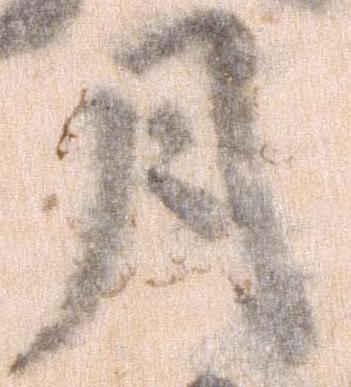
月